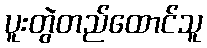
ပူးတွဲတည်ထောင်သူ